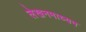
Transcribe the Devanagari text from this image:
लेखनमाध्यम